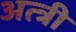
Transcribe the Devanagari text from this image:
अत्त्री